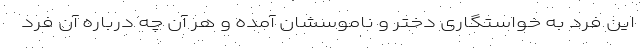
این فرد به خواستگاری دختر و ناموسشان آمده و هر آن چه درباره آن فرد